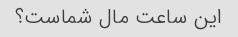
این ساعت مال شماست؟